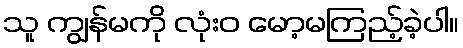
သူ ကျွန်မကို လုံးဝ မော့မကြည့်ခဲ့ပါ။